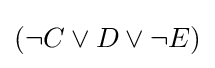
(\neg C\lor D\lor \neg E)